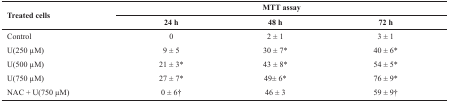
| <ROWSPAN=2> Treated cells | <COLSPAN=3> MTT assay |
 | 24 h | 48 h | 72 h |
 | --- | --- | --- | --- |
 | Control | 0 | 2 ± 1 | 3 ± 1 |
 | U(250 μM) | 9 ± 5 | 30 ± 7* | 40 ± 6* |
 | U(500 μM) | 21 ± 3* | 43 ± 8* | 54 ± 5* |
 | U(750 μM) | 27 ± 7* | 49± 6* | 76 ± 9* |
 | NAC + U(750 μM) | 0 ± 6† | 46 ± 3 | 59 ± 9† |